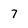
Character: 7